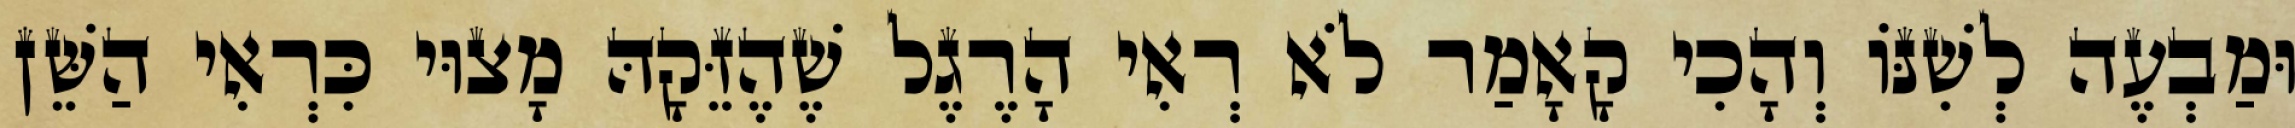
וּמַבְעֶה לְשִׁנּוֹ וְהָכִי קָאָמַר לֹא רְאִי הָרֶגֶל שֶׁהֶזֵּקָהּ מָצוּי כִּרְאִי הַשֵּׁן